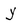
Character: Y